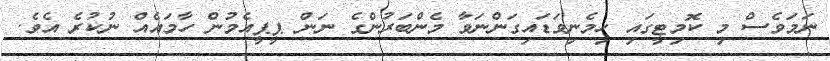
ނަމަވެސް މި ކޮމިޓީގައި ހިމެނިވަޑައިގަންނަވާ މެންބަރުންގެ ނަން ޕީޕީއެމުން ހާމައެއް ނުކުރެ އެވެ.